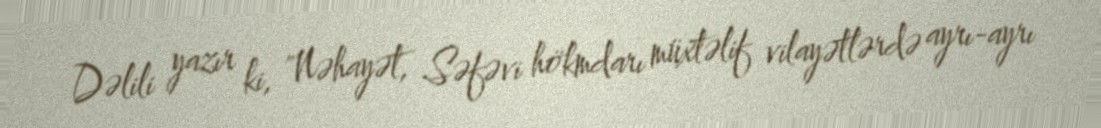
Dəlili yazır ki, "Nəhayət, Səfəvi hökmdarı müxtəlif vilayətlərdə ayrı-ayrı